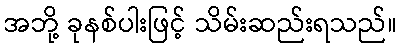
အဘို့ ခုနစ်ပါးဖြင့် သိမ်းဆည်းရသည်။